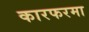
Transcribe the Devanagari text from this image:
कारफरमा